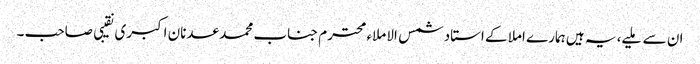
ان سے ملیے، یہ ہیں ہمارے املا کے استاد شمس الاملاء محترم جناب محمد عدنان اکبری نقیبی صاحب ۔